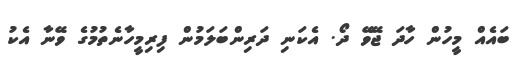
ބައެއް މީހުން ހާދަ ޖޭވޭ ދޯ. އެކަނި ދަރިންބަލަމުން ފިރިމީހާނެތުމުގެ ވޭނާ އެކު